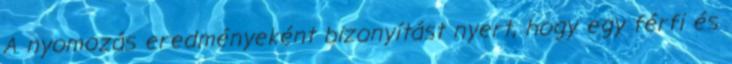
A nyomozás eredményeként bizonyítást nyert, hogy egy férfi és